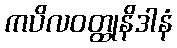
ကပိလဝတ္ထုနိဒါနံ